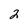
Character: 2